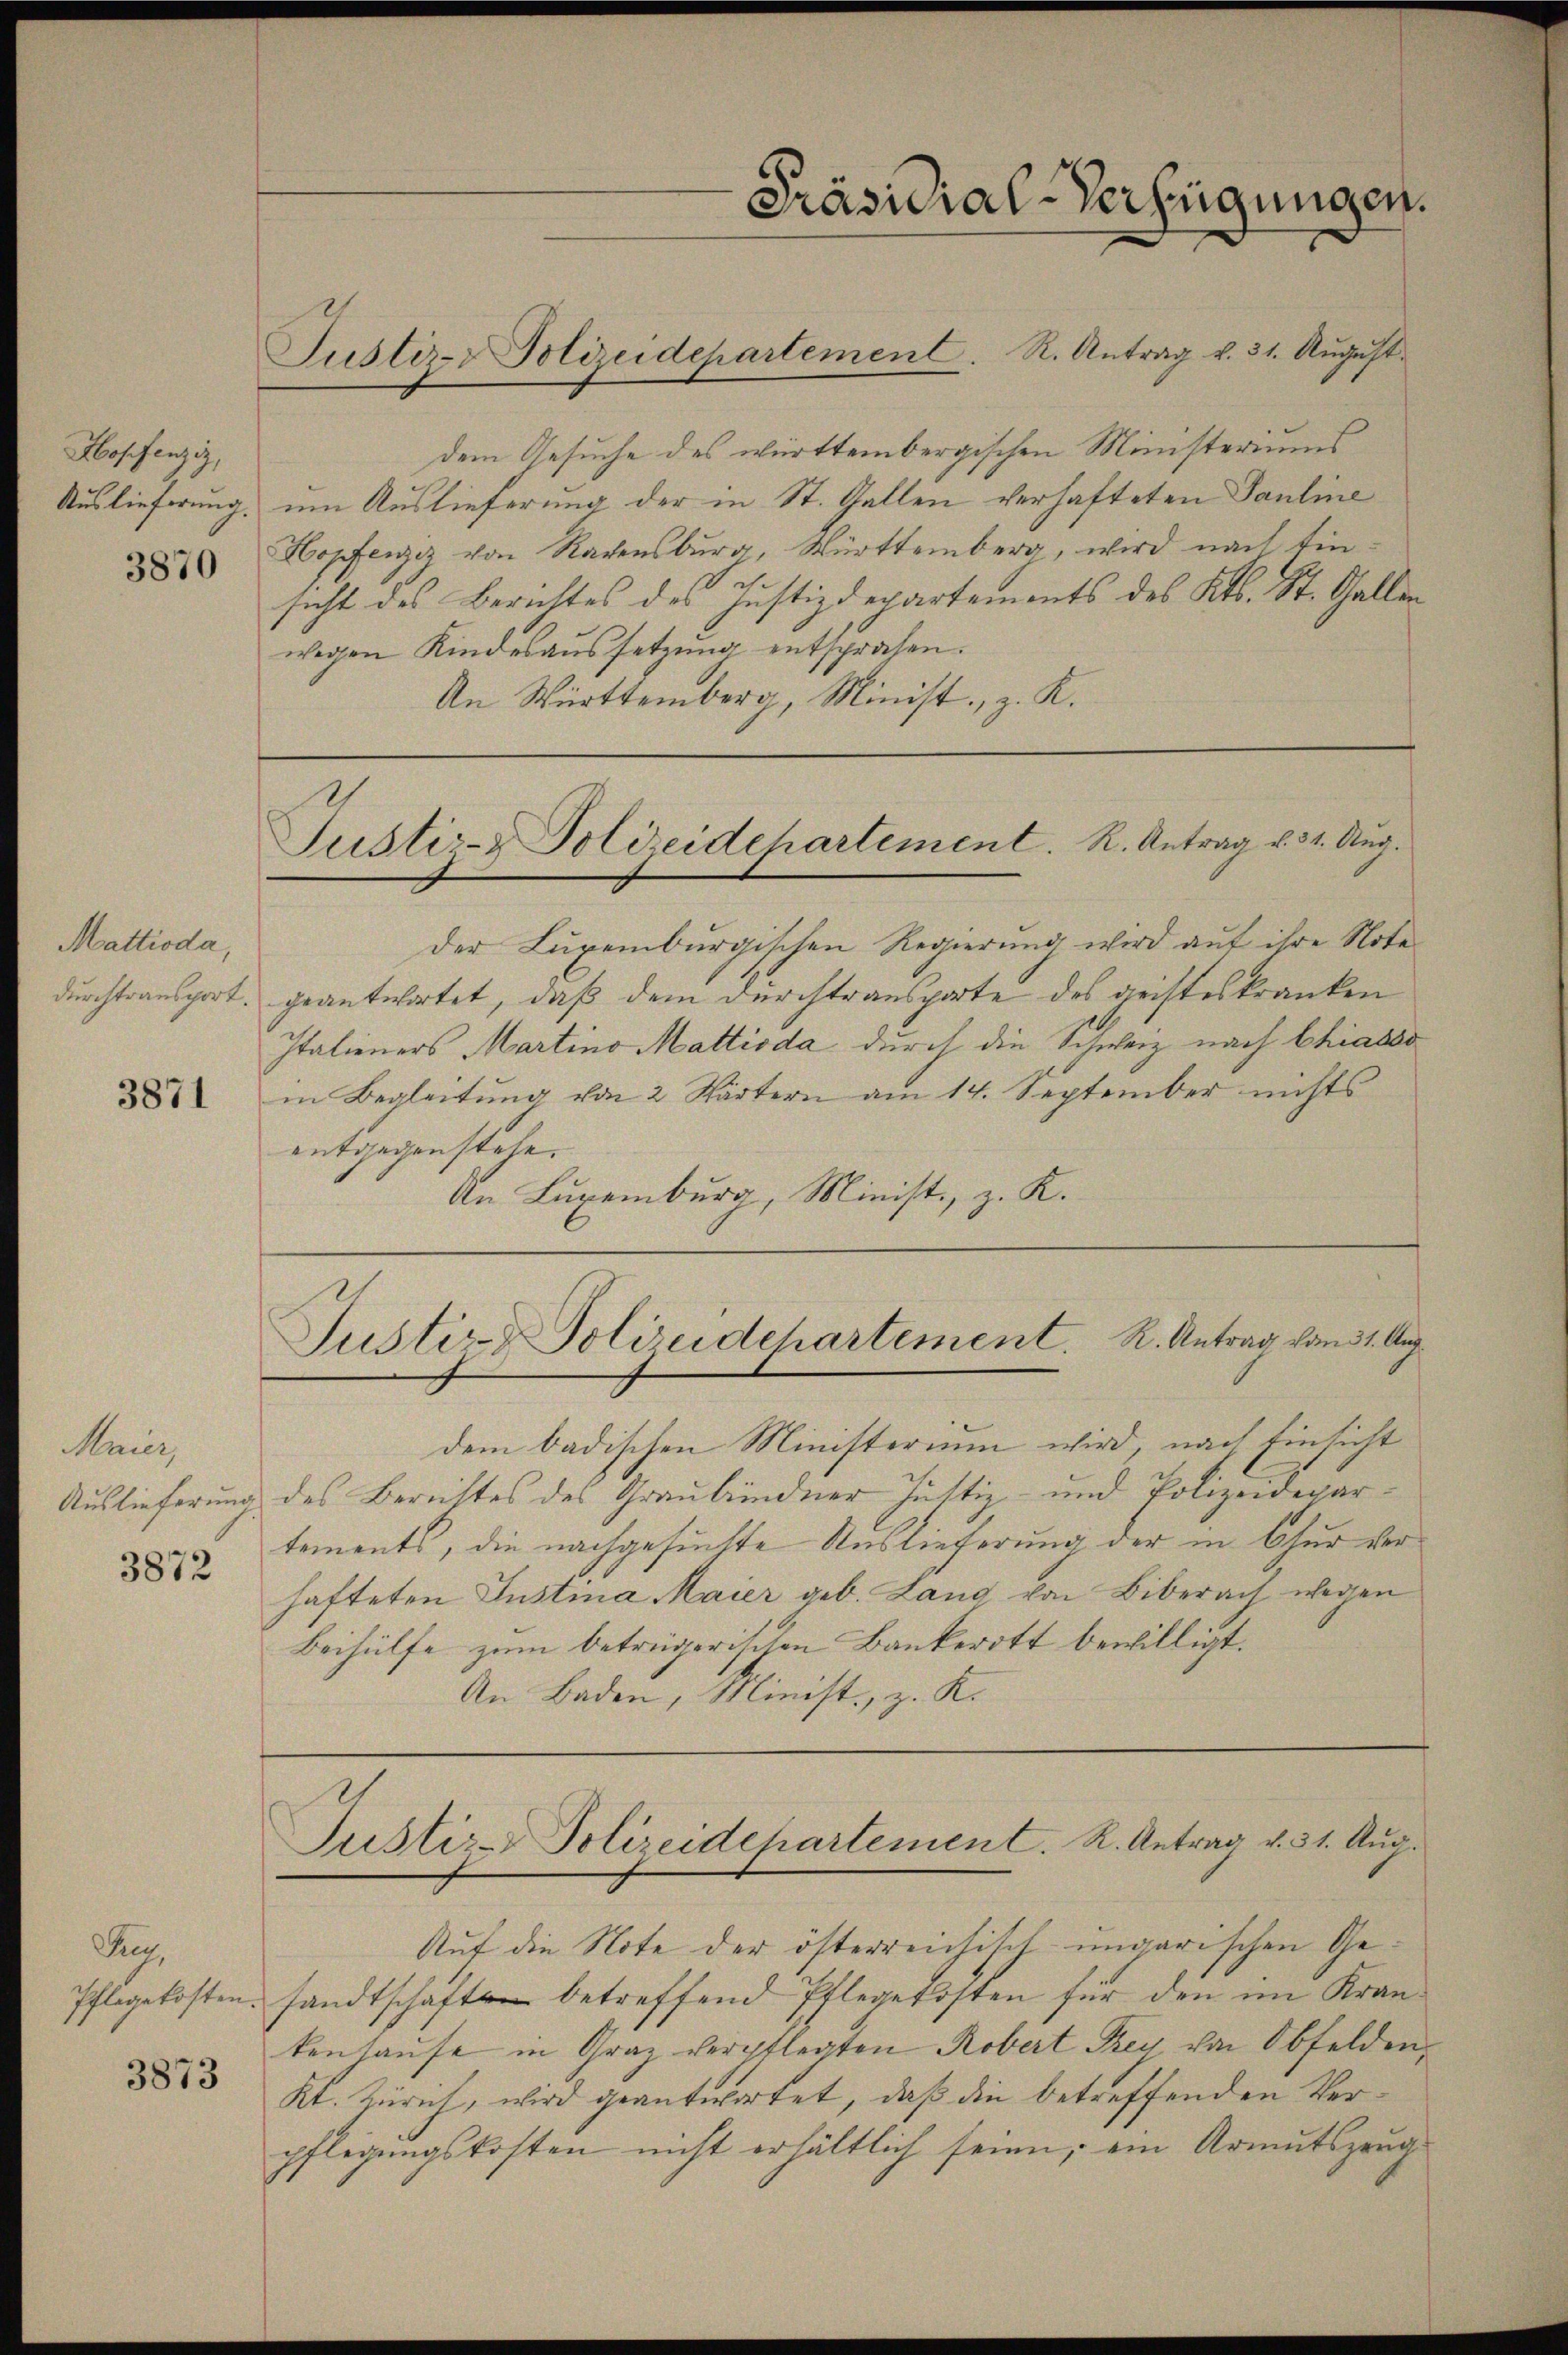
Hopfenziz,
Auslieferung.

3870

Mattioda,
durchtransport.

3871

Maier
Auslieferung

3872

Zug.
Pflegekosten.

3873

dem Gesuche des württembergischen Ministeriums
um Auslieferung der in St. Gallen verhafteten Pauline
Hopfenzez von Rachensburg, Württemberg, wird nach Einsicht des Berichtes des Justizdepartements des Kts. St. Gallen
wegen Kindesaussetzung entsprachen.
An Württemberg, Minist, z. K.

Der Luxenburgischen Regierung wird auf ihre Note
geantwortet, daß dem Durchtransporte des geisteskranken
Italieners Martino Mattioda durch die Schweiz nach Chiasso
in Begleitung von 2 Städtern am 14. September nichts
entgegenstehe.
An Luxenburg, Minist, z. K.

Justiz-- Polizeidepartement. R. Antrag v. 31. August.

Präsidial-Verfügungen.

Justiz- & Polizeidchartement. K. Antrag v. 31. Aug.

Justiz & Polizeidepartement. R. Antrag vom 31. Aug.

dem badischen Ministerium wird, nach Einsicht
des Bereittes des Graubündner Justiz- und Polizeidepartements, die nachgesuchte Auslieferung der in Chur der
hafteten Justina Maier geb. Lang von Biberach wegen
Beihülfe zum betrügerischen Bankeritt bewilligt.
An Baden, Minist, z. K.

Auf die Note der österreichisch-ungarischen Gesandtschaften betreffend Pflegekosten für den im Krankenhause in Graz verpflegten Robert Frey von Obfelden,
Kt. Zürich, wird geantwortet, daß die betreffenden Verpflegungskosten nicht erhältlich seien, ein Armutszeug

Justiz-Polizeidepartement. R. Antrag v. 31. Aug.